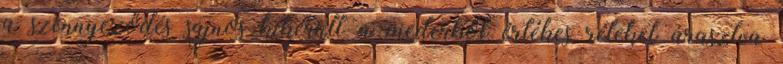
a szennyeződés sajnos kikerült a mederből értékes réteket árasztva